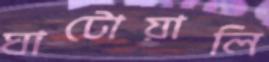
ঘাটোয়ালি